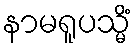
နာမရူပသ္မိံ